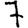
Digit: 7